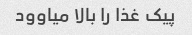
پیک غذا را بالا میاوود